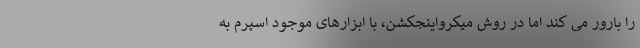
را بارور می کند اما در روش میکرواینجکشن، با ابزارهای موجود اسپرم به